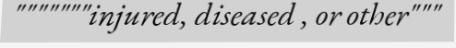
"""""""injured, diseased , or other"""